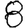
Digit: 8